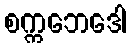
စက္ကဘေဒေါ